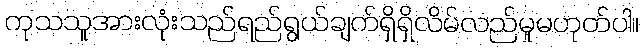
ကုသသူအားလုံးသည်ရည်ရွယ်ချက်ရှိရှိလိမ်လည်မှုမဟုတ်ပါ။